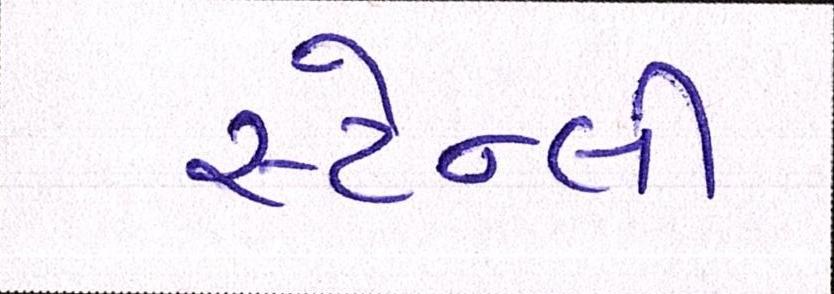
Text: સ્ટેન્લી